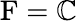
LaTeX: \operatorname{F}=\mathbb{C}